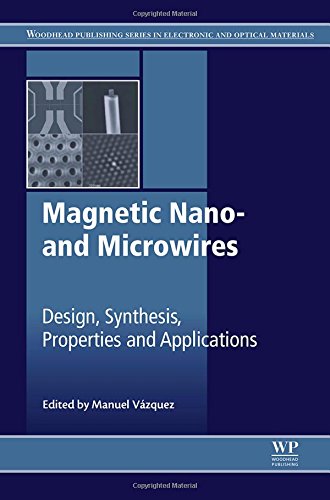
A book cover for Magnetic Nano- and Microwires: Design, Synthesis, Properties and Applications (Woodhead Publishing Series in Electronic and Optical Materials); Engineering & Transportation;